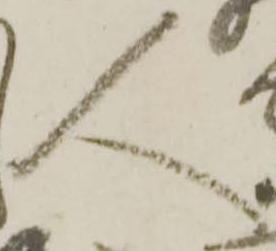
人